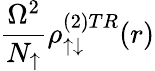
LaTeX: \frac{\Omega^{2}}{N_{\uparrow}}\rho_{\uparrow\downarrow}^{(2)TR}(r)